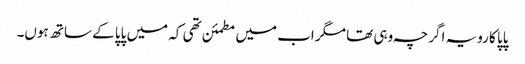
پاپا کا رویہ اگرچہ وہی تھا مگر اب میں مطمئن تھی کہ میں پاپا کے ساتھ ہوں۔